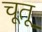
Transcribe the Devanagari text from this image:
चूतू